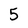
Character: 5